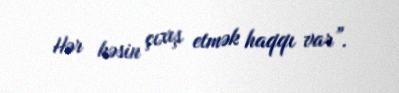
Hər kəsin çıxış etmək haqqı var”.